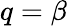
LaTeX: q=\beta